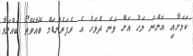
ކަމަށާއި އަންނަ މަހު އަށް ވަނަ ދުވަހު އެ ރެފަރެންޑަމް ބޭއްވޭތޯ ބައްލަވާ